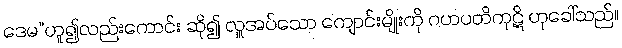
ဒေမ”ဟူ၍လည်းကောင်း ဆို၍ လှူအပ်သော ကျောင်းမျိုးကို ဂဟပတိကုဋိ ဟုခေါ်သည်။